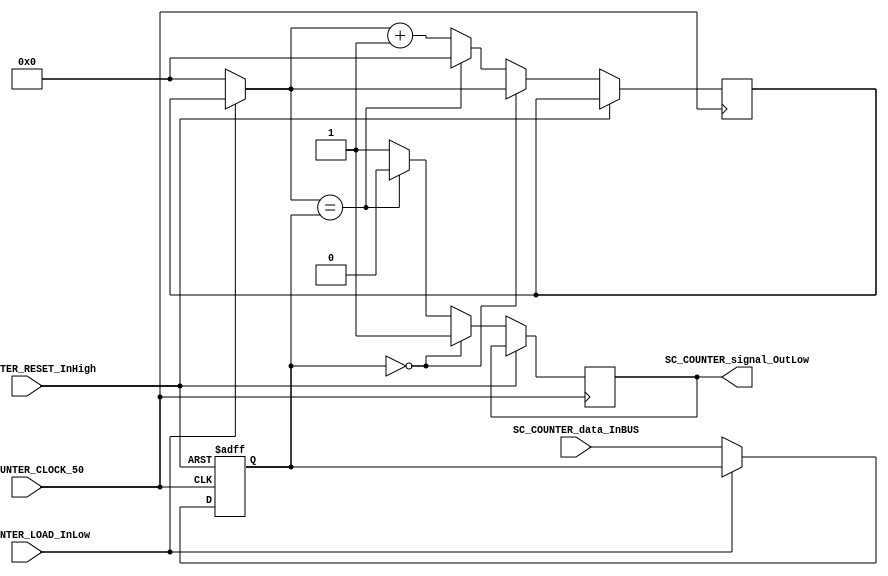
/*######################################################################
//#	G0B1T: HDL EXAMPLES. 2018.
//######################################################################
//# Copyright (C) 2018. F.E.Segura-Quijano (FES) fsegura@uniandes.edu.co
//# 
//# This program is free software: you can redistribute it and/or modify
//# it under the terms of the GNU General Public License as published by
//# the Free Software Foundation, version 3 of the License.
//#
//# This program is distributed in the hope that it will be useful,
//# but WITHOUT ANY WARRANTY; without even the implied warranty of
//# MERCHANTABILITY or FITNESS FOR A PARTICULAR PURPOSE.  See the
//# GNU General Public License for more details.
//#
//# You should have received a copy of the GNU General Public License
//# along with this program.  If not, see <http://www.gnu.org/licenses/>
//####################################################################*/
//=======================================================
//  MODULE Definition
//=======================================================
// Este modulo recibe un valor que corresponde al limite del contador.
// Cuando llega a ese numero de ciclos del reloj, manda una senal de salida.
module SC_COUNTER #(parameter COUNTER_DATAWIDTH=8)(
	//////////// OUTPUTS //////////
	SC_COUNTER_signal_OutLow,
	//////////// INPUTS //////////
	SC_COUNTER_CLOCK_50,
	SC_COUNTER_RESET_InHigh,
	SC_COUNTER_LOAD_InLow,
	SC_COUNTER_data_InBUS
);
//=======================================================
//  PARAMETER declarations
//=======================================================

//=======================================================
//  PORT declarations
//=======================================================
output reg		SC_COUNTER_signal_OutLow;
input		SC_COUNTER_CLOCK_50;
input		SC_COUNTER_RESET_InHigh;
input		SC_COUNTER_LOAD_InLow;	
input 		[COUNTER_DATAWIDTH-1:0] SC_COUNTER_data_InBUS;

//=======================================================
//  REG/WIRE declarations
//=======================================================
reg [COUNTER_DATAWIDTH-1:0] COUNTER_limit;
reg [COUNTER_DATAWIDTH-1:0] COUNTER_count;
reg [COUNTER_DATAWIDTH-1:0] COUNTER_data_signal;
reg [COUNTER_DATAWIDTH-1:0] COUNTER_count_signal;
//=======================================================
//  Structural coding
//=======================================================
//INPUT LOGIC: COMBINATIONAL
always @(*)
begin
	if (SC_COUNTER_LOAD_InLow == 1'b0) begin
		COUNTER_data_signal = SC_COUNTER_data_InBUS;
		COUNTER_count_signal = 0;
	end
	else begin
		COUNTER_data_signal = COUNTER_limit;
		COUNTER_count_signal = COUNTER_count;
	end
end	
//STATE REGISTER: SEQUENTIAL
always @(posedge SC_COUNTER_CLOCK_50, posedge SC_COUNTER_RESET_InHigh)
begin
	if (SC_COUNTER_RESET_InHigh == 1'b1) begin
		COUNTER_limit <= 0;
	end
	else if (COUNTER_limit == 1'b0) begin
		SC_COUNTER_signal_OutLow <= 1'b1;
		COUNTER_limit <= COUNTER_data_signal;
		COUNTER_count <= COUNTER_count_signal;
	end
	else if (COUNTER_count_signal == COUNTER_limit) begin
		SC_COUNTER_signal_OutLow <= 1'b0;
		COUNTER_limit <= COUNTER_data_signal;
		COUNTER_count <= 0;
	end
	else begin
		SC_COUNTER_signal_OutLow <= 1'b1;
		COUNTER_count <= COUNTER_count_signal + 1;
		COUNTER_limit <= COUNTER_data_signal;
	end
end


endmodule